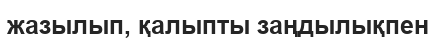
жазылып, қалыпты заңдылықпен